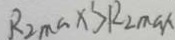
R _ { 2 \max } > R _ { 2 \max }